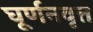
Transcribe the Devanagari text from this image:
घूर्णनवृत्त